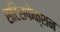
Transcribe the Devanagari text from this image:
सटिसफेक्शन